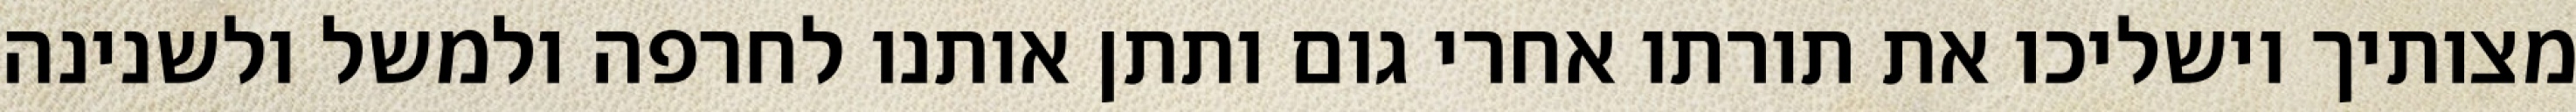
מצותיך וישליכו את תורתו אחרי גום ותתן אותנו לחרפה ולמשל ולשנינה